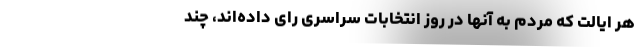
هر ایالت که مردم به آنها در روز انتخابات سراسری رای داده‌اند، چند